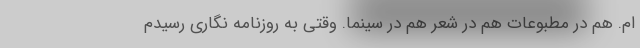
ام. هم در مطبوعات هم در شعر هم در سینما. وقتی به روزنامه نگاری رسیدم